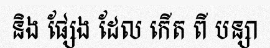
និង ផ្សែង ដែល កើត ពី បន្សា